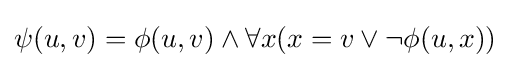
\psi (u,v)=\phi (u,v)\wedge \forall x(x=v\vee \neg \phi (u,x))